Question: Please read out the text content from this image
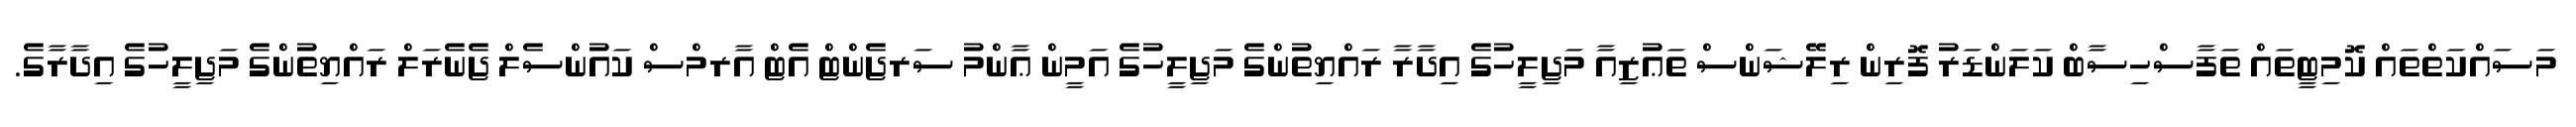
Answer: މަސައްކަތްތައް ކޮމިޓީތައް ތަފާސްހިސާބް ކަލަންޑަރު ފޮރިން ރިލޭޝަންސް ތަޢުޒިއާ މަޖިލީހުގެ އިދާރާ ރައްޔިތުންގެ މަޖިލީހުގެ އަމީން ޢާންމު ސަރޖެންޓް އެޓް އާރމްސް ކައުންސެލް ޖެނެރަލް ރައްޔިތުންގެ މަޖިލީހުގެ އިދާރާގެ.